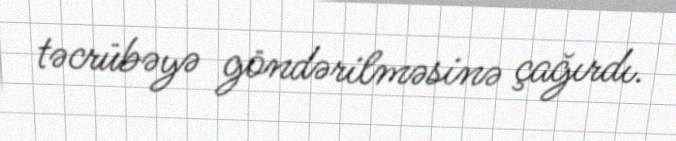
təcrübəyə göndərilməsinə çağırdı.